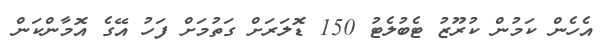
އެހެން ކަމުން ކުރޫޒު ޓެބުލެޓު 150 ޑޮލަރަށް ގަތުމަށް ފަހު އޭގެ އޮމާންކަން